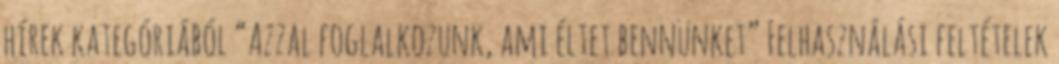
hírek kategóriából “Azzal foglalkozunk, ami éltet bennünket” Felhasználási feltételek